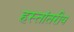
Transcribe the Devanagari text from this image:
हस्‍तांतरीय